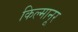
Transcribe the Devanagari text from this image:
किल्मानूर